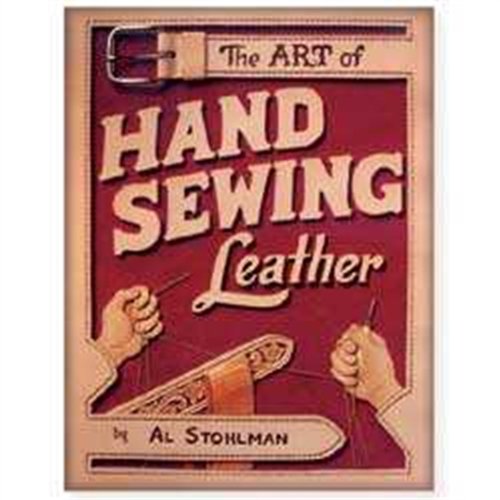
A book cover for The Art of Hand Sewing Leather; Al Stohlman; Crafts, Hobbies & Home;